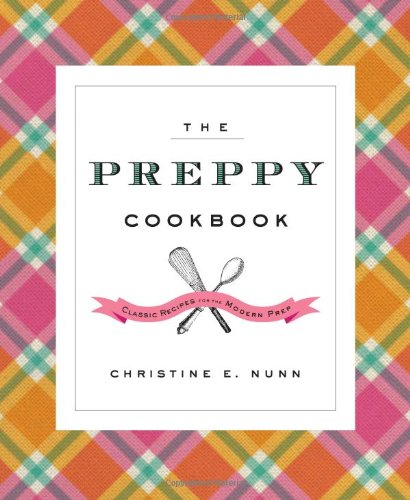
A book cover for The Preppy Cookbook: Classic Recipes for the Modern Prep; Christine E. Nunn; Humor & Entertainment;